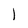
Character: l